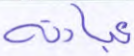
عبادته